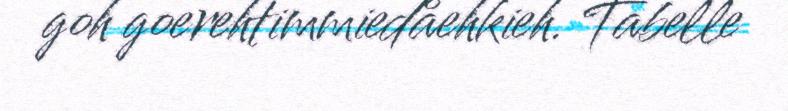
goh goerehtimmiedåehkieh. Tabelle